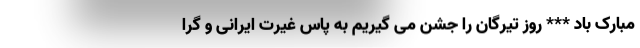
مبارک باد *** روز تیرگان را جشن می گیریم به پاس غیرت ایرانی و گرا